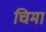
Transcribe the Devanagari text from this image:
चिमा